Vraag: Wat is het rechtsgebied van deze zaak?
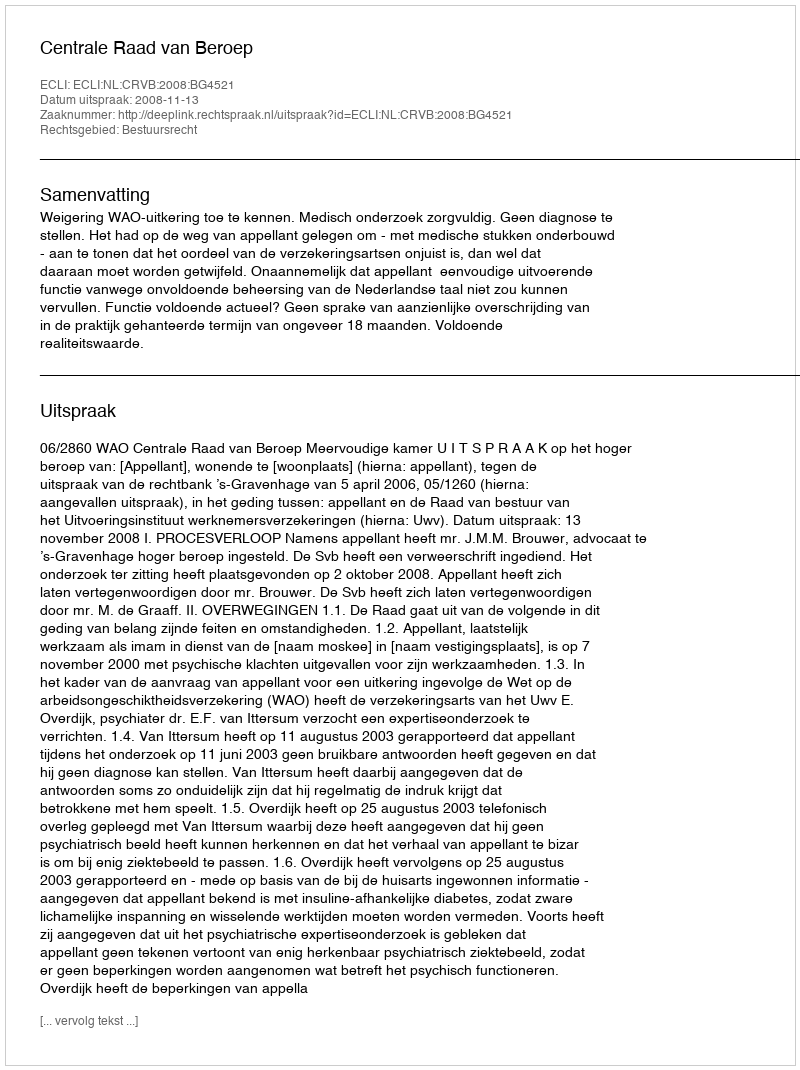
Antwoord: Bestuursrecht